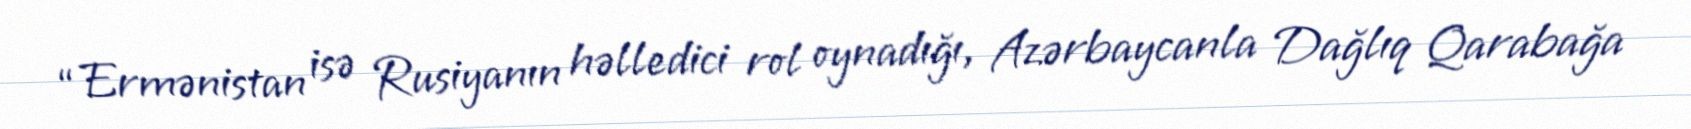
“Ermənistan isə Rusiyanın həlledici rol oynadığı, Azərbaycanla Dağlıq Qarabağa